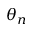
\theta _ { n }